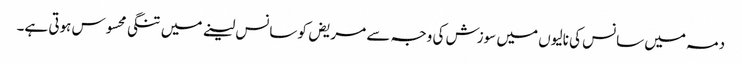
دمہ میں سانس کی نالیوں میں سوزش کی وجہ سے مریض کو سانس لینے میں تنگی محسوس ہوتی ہے۔